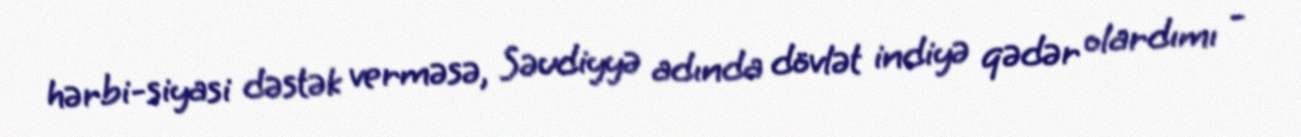
hərbi-siyasi dəstək verməsə, Səudiyyə adında dövlət indiyə qədər olardımı -